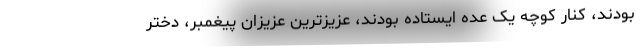
بودند، کنار کوچه یک عده ایستاده بودند، عزیزترین عزیزان پیغمبر، دختر